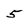
Character: 5